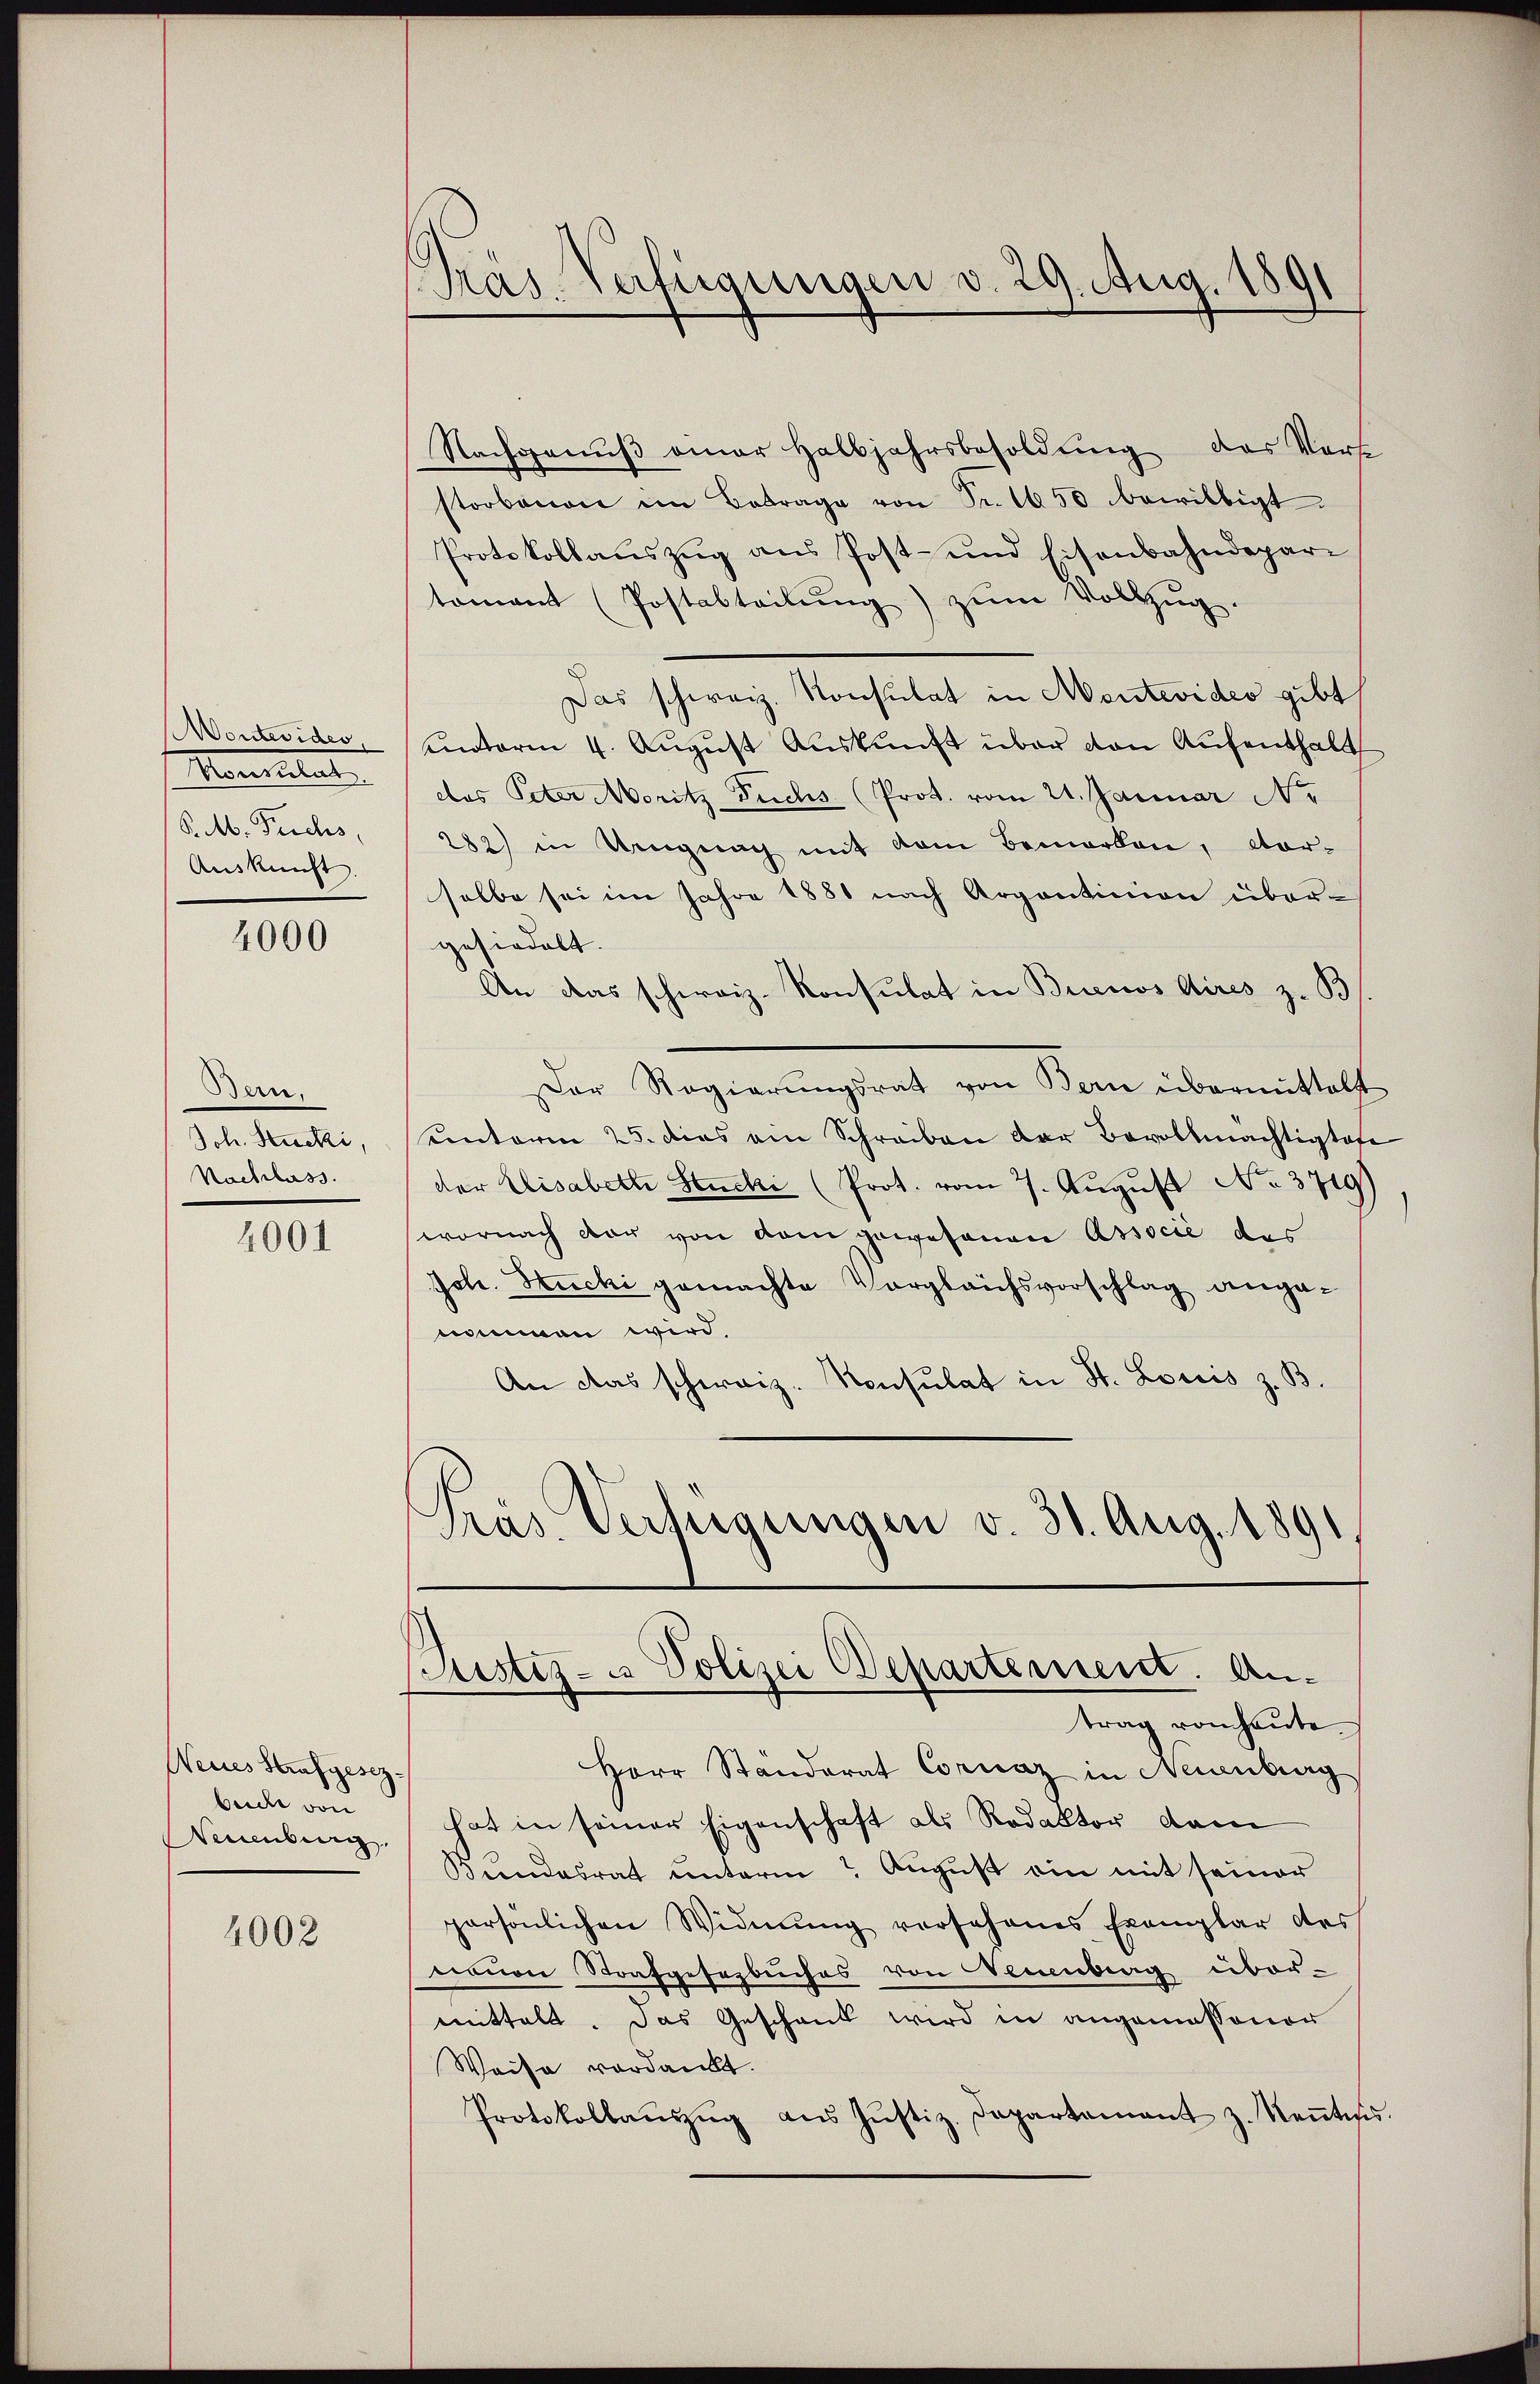
Montesides
Montal
P. M. Trichs
Auskunft.

4000

Bern.
Joh. Stucki,
Nachlass.

4001

Neues Strafgesezbeide von
Neuenburg

4002

Präs. Verfügungen d. 29. Aug. 1891

Nachgenŭβ einer Halbjahrsbesoldŭng das Vorse
storbenen im Betrage von Fr. 1650 bewilligt.
Protokollaŭszŭg ans Post- und Eisenbahndepari
tomant (Postabteilŭng zŭm Vollzŭg.
Das schweiz. Konsulat in Montevideo gibt
unterm 4. August Auskunft über von Aufenthalt
das Peter Moritz Fuchs (Prot. vom 21. Januar Ne
282) in Ungnach mit dem Bemerken, vor-
halbe sei im Jahre 1881 nach Argontinion über-
gesiedelt.
An das schweiz. Konsulat in Buenos Aires z. B
Der Regierŭngsrat von Bern übermittelt
unterm 25. dies ein Schreiben der Bevollmächtigtofe
der Elisabeth Stucki (Prot. vom 7. August No. 3719)
wornach dar von dem gewesenen Associé des
Joh. Stucki gemachte Vergleichsvorschlag angenommen wird.
An das schweiz. Konsulat in St. Louis z. B.
Pras Verfügungen v. 31. Aug. 1891

Herr Standerat Cornaz in Neuenburg
hat in seiner Eigenschaft als Rodaktor dam
Beendesrat unterm August ein mit seiner
persönlichen Widmung vorschenes Exemplar des
nauen Strafgesezbuches von Neuenburg übermittelt. Das Geschank wird in angemessener
Weise verdankt.
Protokollaŭszŭg aŭs Jŭstiz-Departement z. Keṅtnis

Justiz- & Polizei Departement. Antrag vom heute.